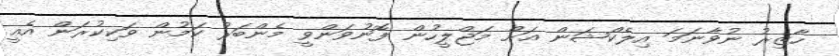
ހާޒިރު ނުވާނަމަ އިލެކްޝަން އަށް މަޖްލީހުން ފޮނުވަންވީ މެންބަރު ކަމުން ވަކިކުރަން އެއީ